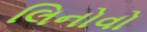
લિનોવો